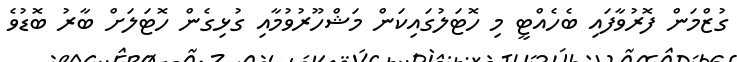
ގުޒްމަން ފޮރުވާފައި ބެހެއްޓީ މި ހޮޓަލުގައިކަން މަޝްހޫރުވުމާއި ގުޅިގެން ހޮޓަލަށް ބާރު ބޮޑުވެ